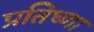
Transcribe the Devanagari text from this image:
प्रतिघ्णा